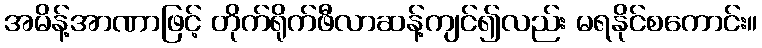
အမိန့်အာဏာဖြင့် တိုက်ရိုက်ဖီလာဆန့်ကျင်၍လည်း မရနိုင်စကောင်း။